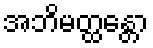
အဘိမတ္ထန္တော